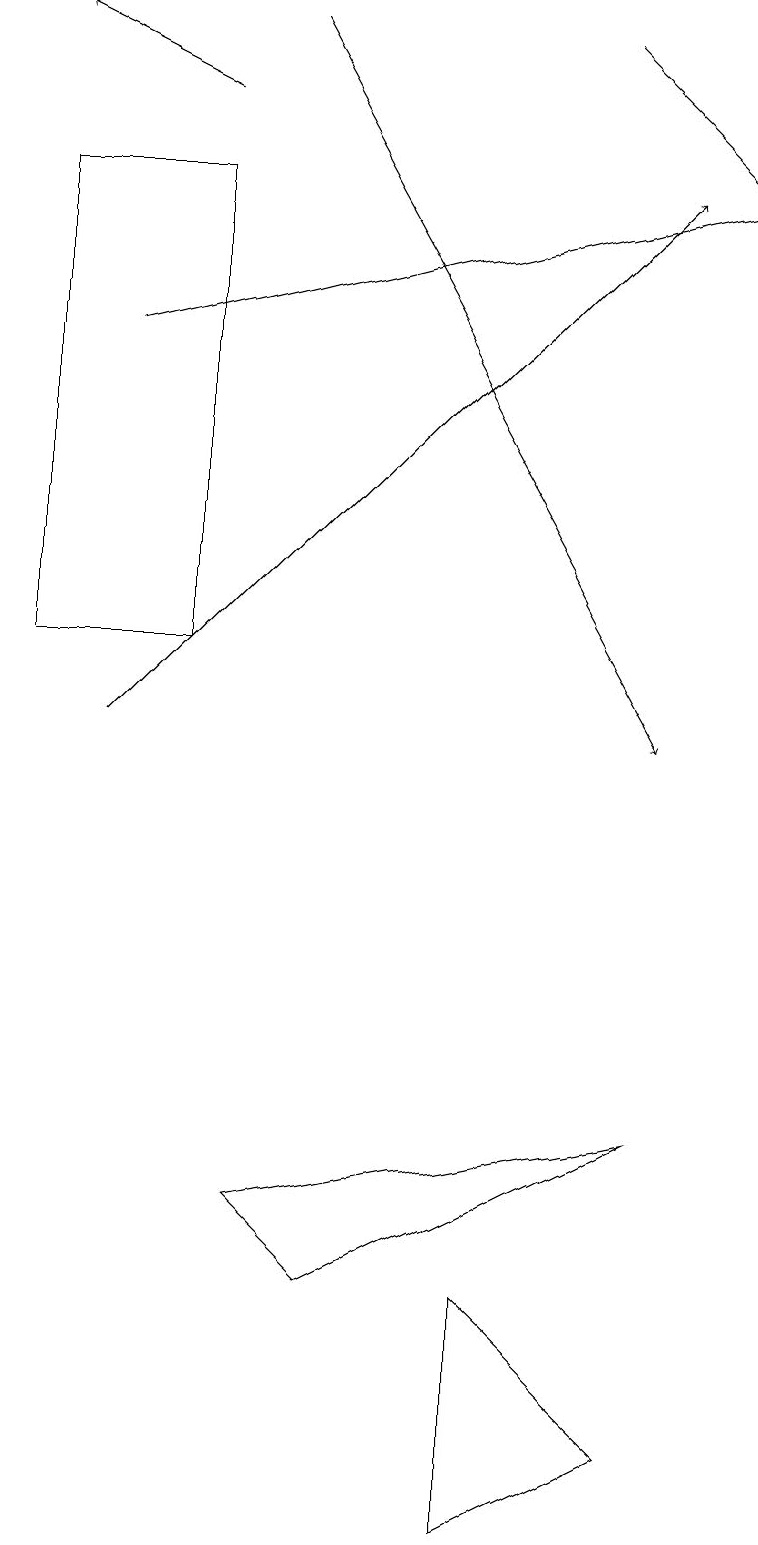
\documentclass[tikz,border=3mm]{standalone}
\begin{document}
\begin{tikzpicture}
\draw (2,11) rectangle (0,17);
\draw (6,0) -- (8,1) -- (6,3) -- cycle;
\draw (8,5) -- (4,3) -- (3,4) -- cycle;
\draw[->] (3,19) -- (8,10);
\draw[->] (1,10) -- (8,17);
\draw[->] (1,15) -- (9,17);
\draw[->] (2,18) -- (0,19);
\draw[->] (7,19) -- (9,17);
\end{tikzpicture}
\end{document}